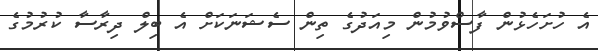
އެ ހުށަހެޅުން ފާސްވުމުން މިއަދުގެ ތިން ސެޝަނަކަށް އެ ބިލް ދިރާސާ ކުރުމުގެ